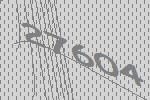
27604